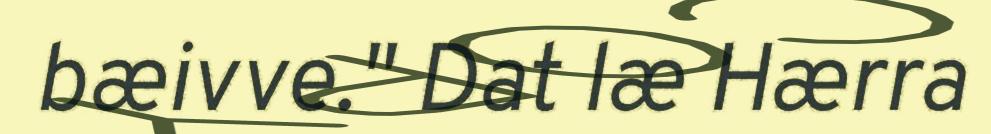
bæivve." Dat læ Hærra